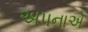
અપનાએ